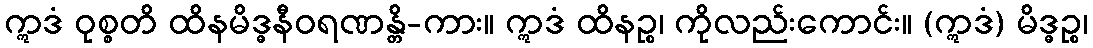
ဣဒံ ဝုစ္စတိ ထိနမိဒ္ဓနီဝရဏန္တိ-ကား။ ဣဒံ ထိနဉ္စ၊ ကိုလည်းကောင်း။ (ဣဒံ) မိဒ္ဓဉ္စ၊